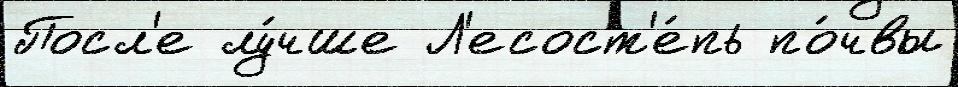
Посл'е лу́чше Л'есост'е́пь по́чвы